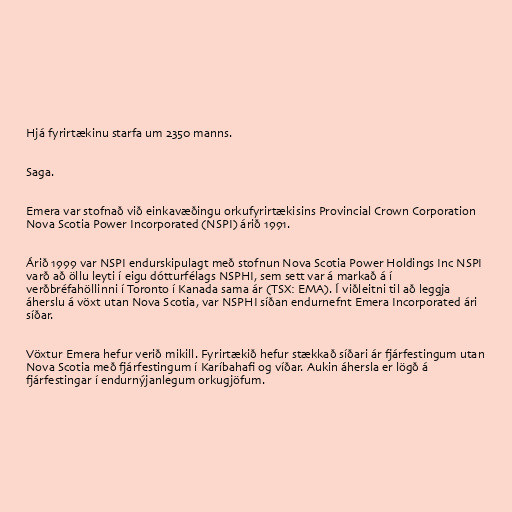
Hjá fyrirtækinu starfa um 2350 manns.

Saga.

Emera var stofnað við einkavæðingu orkufyrirtækisins Provincial Crown Corporation
Nova Scotia Power Incorporated (NSPI) árið 1991.

Árið 1999 var NSPI endurskipulagt með stofnun Nova Scotia Power Holdings Inc NSPI
varð að öllu leyti í eigu dótturfélags NSPHI, sem sett var á markað á í
verðbréfahöllinni í Toronto í Kanada sama ár (TSX: EMA). Í viðleitni til að leggja
áherslu á vöxt utan Nova Scotia, var NSPHI síðan endurnefnt Emera Incorporated ári
síðar.

Vöxtur Emera hefur verið mikill. Fyrirtækið hefur stækkað síðari ár fjárfestingum utan
Nova Scotia með fjárfestingum í Karíbahafi og víðar. Aukin áhersla er lögð á
fjárfestingar í endurnýjanlegum orkugjöfum.